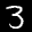
Label: 3